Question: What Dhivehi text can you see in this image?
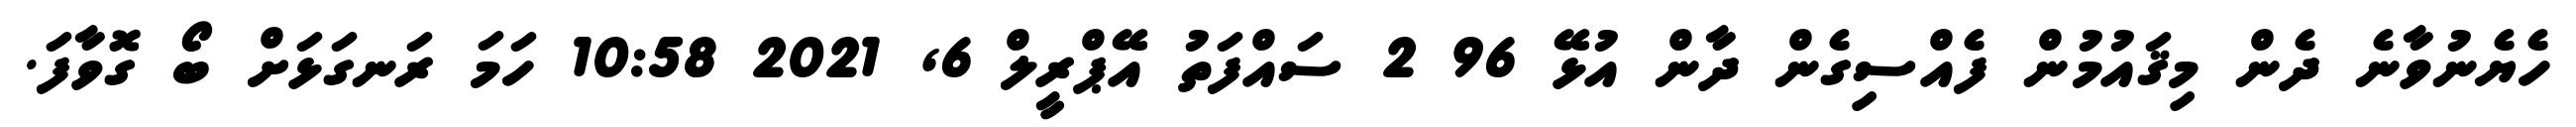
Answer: ހެޔެނުވާނެ ދެން މިޤައުމުން ފެއްސިގެން ދާން އުޅޭ 96 2 ސައްފަތު އޭޕްރީލް 6, 2021 10:58 ހަމަ ރަނގަޅަށް ބޯ ގޮވާފަ.